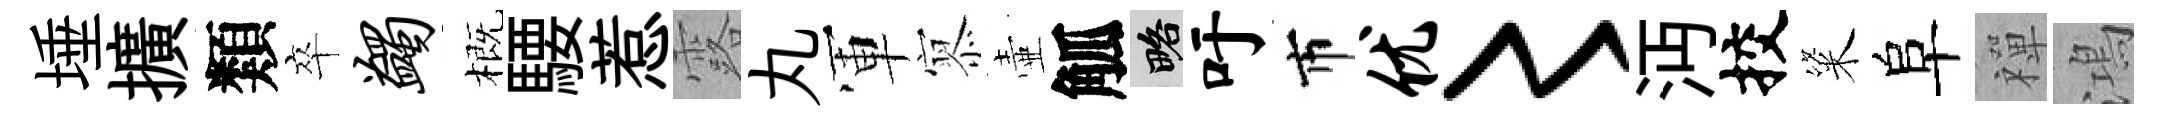
埵擴類卒蠲概騕惹露丸軍𡪹壷觚略吁市优〻沔挍粢阜禪鴻